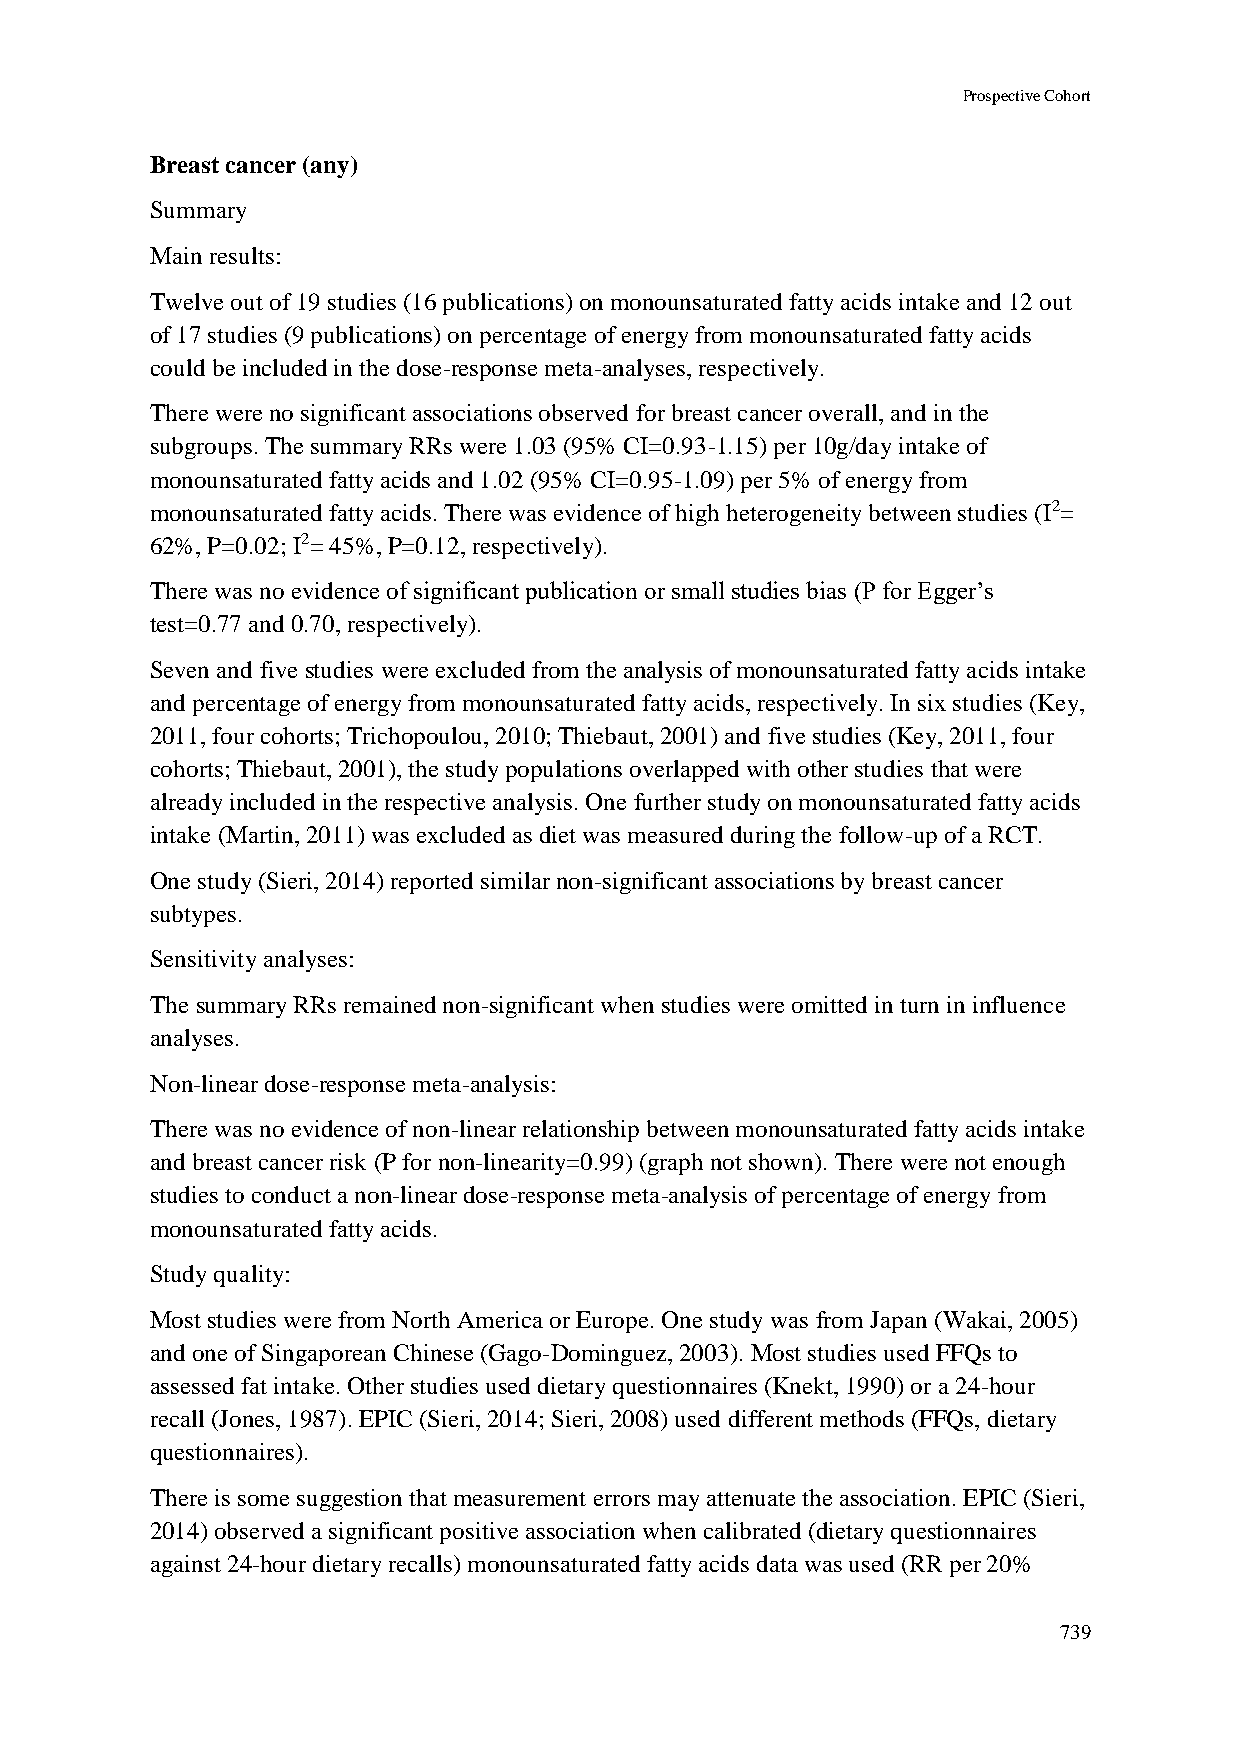
Prospective Cohort
 Breast cancer (any)
 Summary
 Main results:
 Twelve out of 19 studies (16 publications) on monounsaturated fatty acids intake and 12 out
 of 17 studies (9 publications) on percentage of energy from monounsaturated fatty acids
 could be included in the dose-response meta-analyses, respectively.
 There were no significant associations observed for breast cancer overall, and in the
 subgroups. The summary RRs were 1.03 (95% CI=0.93-1.15) per 10g/day intake of
 monounsaturated fatty acids and 1.02 (95% CI=0.95-1.09) per 5% of energy from
 monounsaturated fatty acids. There was evidence of high heterogeneity between studies (I2=
 62%, P=0.02; I2= 45%, P=0.12, respectively).
 There was no evidence of significant publication or small studies bias (P for Egger’s
 test=0.77 and 0.70, respectively).
 Seven and five studies were excluded from the analysis of monounsaturated fatty acids intake
 and percentage of energy from monounsaturated fatty acids, respectively. In six studies (Key,
 2011, four cohorts; Trichopoulou, 2010; Thiebaut, 2001) and five studies (Key, 2011, four
 cohorts; Thiebaut, 2001), the study populations overlapped with other studies that were
 already included in the respective analysis. One further study on monounsaturated fatty acids
 intake (Martin, 2011) was excluded as diet was measured during the follow-up of a RCT.
 One study (Sieri, 2014) reported similar non-significant associations by breast cancer
 subtypes.
 Sensitivity analyses:
 The summary RRs remained non-significant when studies were omitted in turn in influence
 analyses.
 Non-linear dose-response meta-analysis:
 There was no evidence of non-linear relationship between monounsaturated fatty acids intake
 and breast cancer risk (P for non-linearity=0.99) (graph not shown). There were not enough
 studies to conduct a non-linear dose-response meta-analysis of percentage of energy from
 monounsaturated fatty acids.
 Study quality:
 Most studies were from North America or Europe. One study was from Japan (Wakai, 2005)
 and one of Singaporean Chinese (Gago-Dominguez, 2003). Most studies used FFQs to
 assessed fat intake. Other studies used dietary questionnaires (Knekt, 1990) or a 24-hour
 recall (Jones, 1987). EPIC (Sieri, 2014; Sieri, 2008) used different methods (FFQs, dietary
 questionnaires).
 There is some suggestion that measurement errors may attenuate the association. EPIC (Sieri,
 2014) observed a significant positive association when calibrated (dietary questionnaires
 against 24-hour dietary recalls) monounsaturated fatty acids data was used (RR per 20%
 739